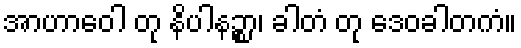
အာဟာဝေါ တု နိပါနဉ္စာ၊ ခါတံ တု ဒေဝခါတကံ။